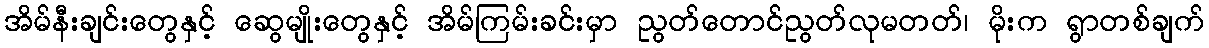
အိမ်နီးချင်းတွေနှင့် ဆွေမျိုးတွေနှင့် အိမ်ကြမ်းခင်းမှာ ညွတ်တောင်ညွတ်လုမတတ်၊ မိုးက ရွာတစ်ချက်